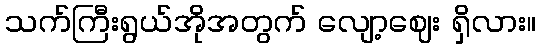
သက်ကြီးရွယ်အိုအတွက် လျော့ဈေး ရှိလား။